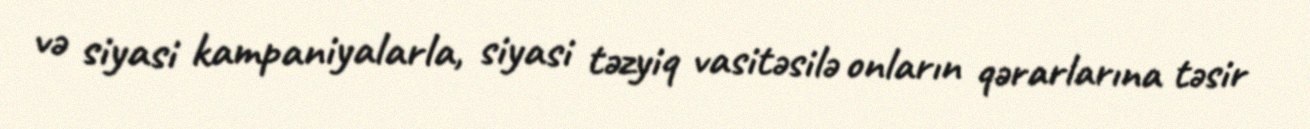
və siyasi kampaniyalarla, siyasi təzyiq vasitəsilə onların qərarlarına təsir